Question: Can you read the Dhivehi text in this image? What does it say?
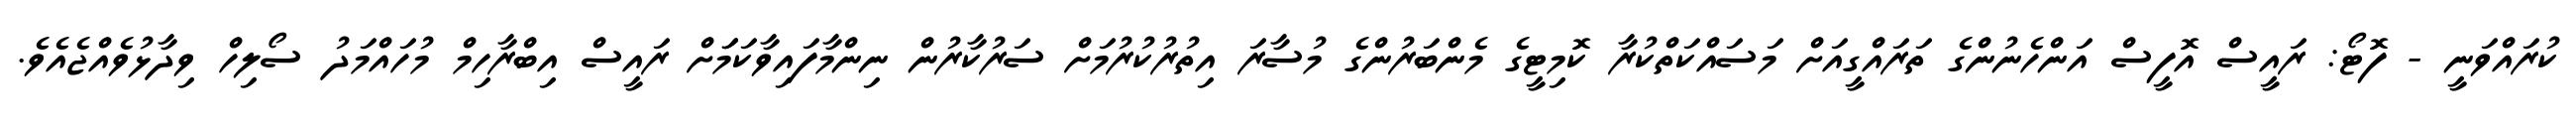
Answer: ކުރައްވަނީ - ފޮޓޯ: ރައީސް އޮފީސް އަންހެނުންގެ ތަރައްގީއަށް މަސައްކަތްކުރާ ކޮމިޓީގެ މެންބަރުންގެ މުސާރަ އިތުރުކުރުމަށް ސަރުކާރުން ނިންމާފައިވާކަމަަށް ރައީސް އިބްރާހިމް މުހައްމަދު ސޯލިހް ވިދާޅުވެއްޖެއެވެ.